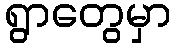
ရွာတွေမှာ